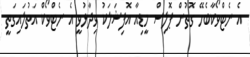
އެ ނެޓްވޯކާބެހޭ ގޮތުން ޕޮލިސް މީޑިއާ އޮފިޝަލަކު ވިދާޅުވީ އެ ނެޓްވޯކް އަތުލައިގަތީ